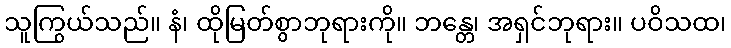
သူကြွယ်သည်။ နံ၊ ထိုမြတ်စွာဘုရားကို။ ဘန္တေ၊ အရှင်ဘုရား။ ပဝိသထ၊